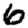
Digit: 6